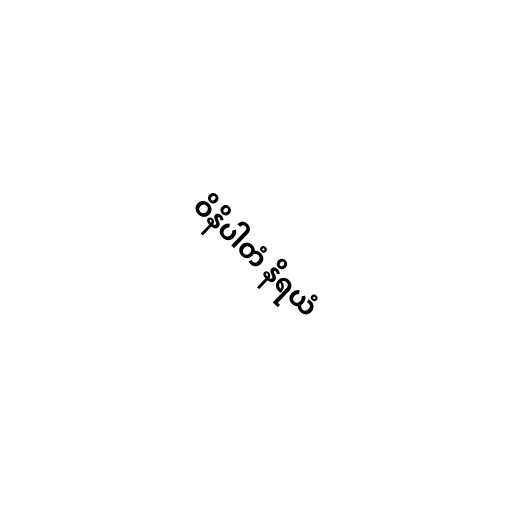
ဝိနိပါတံ နိရယံ